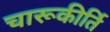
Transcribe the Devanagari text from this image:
चारूकीर्ति